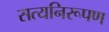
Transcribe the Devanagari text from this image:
सत्यनिरूपण